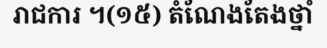
រាជការ ។(១៥) តំណែងតែងថ្នាំ